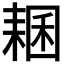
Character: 𦓾